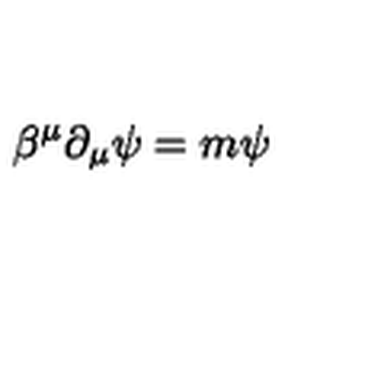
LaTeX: \beta ^ { \mu } \partial _ { \mu } \psi = m \psi